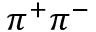
\pi ^ { + } \pi ^ { - }